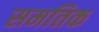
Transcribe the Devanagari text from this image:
समतिक